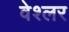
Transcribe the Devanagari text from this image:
वेश्लर